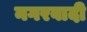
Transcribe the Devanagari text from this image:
नगरवादी